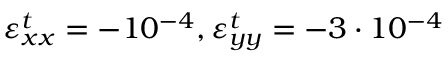
\varepsilon _ { x x } ^ { t } = - 1 0 ^ { - 4 } , \varepsilon _ { y y } ^ { t } = - 3 \cdot 1 0 ^ { - 4 }